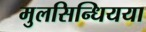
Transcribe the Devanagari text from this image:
मुलसिन्धियया